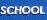
school